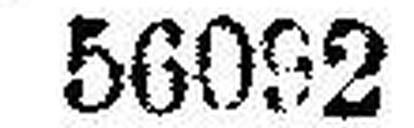
56092